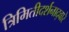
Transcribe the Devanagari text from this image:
त्रिमितीदर्शनाद्वारे